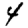
Digit: 4